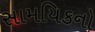
સામયિકનો